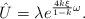
LaTeX: \begin{align*}\hat U=\lambda e^{\frac{4k\xi}{1-k}\omega}.\end{align*}